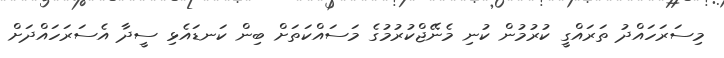
މިސަރަހައްދު ތަރައްގީ ކުރުމުން ކުނި މެނޭޖްކުރުމުގެ މަސައްކަތަށް ބިން ކަނޑައެޅި ސީދާ އެސަރަހައްދަށް